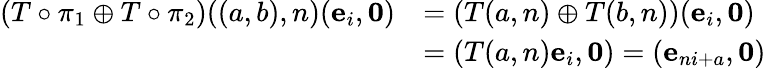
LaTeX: \begin{array}{rl}{\left(T\circ\pi_{1}\oplus T\circ\pi_{2}\right)((a,b),n)(\mathbf{e}_{i},\mathbf{0})}&{=\left(T(a,n)\oplus T(b,n)\right)(\mathbf{e}_{i},\mathbf{0})}\\ &{=\left(T(a,n)\mathbf{e}_{i},\mathbf{0}\right)=(\mathbf{e}_{ni+a},\mathbf{0})}\end{array}